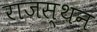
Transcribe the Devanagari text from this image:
राजस्थन